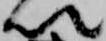
以